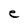
Character: e